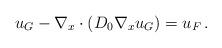
LaTeX: \begin{align*} u_G - \nabla_x\cdot (D_0\nabla_x u_G) = u_F \,.\end{align*}